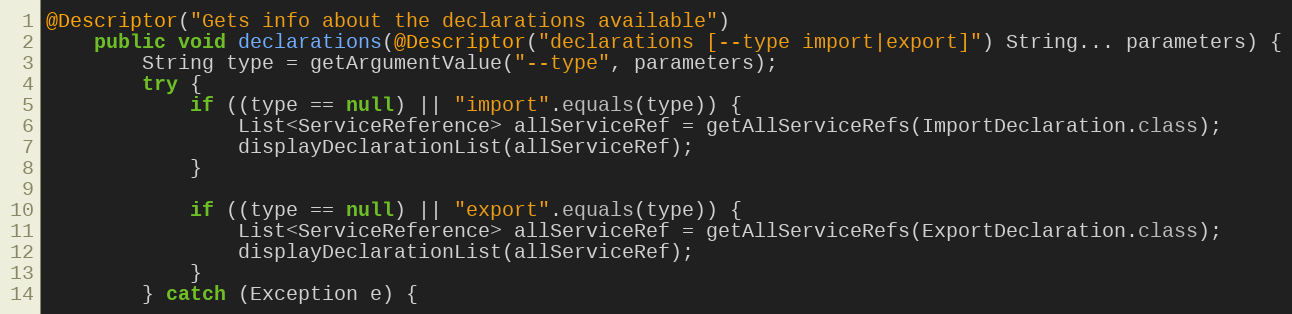
Language: Java
@Descriptor("Gets info about the declarations available")
    public void declarations(@Descriptor("declarations [--type import|export]") String... parameters) {
        String type = getArgumentValue("--type", parameters);
        try {
            if ((type == null) || "import".equals(type)) {
                List<ServiceReference> allServiceRef = getAllServiceRefs(ImportDeclaration.class);
                displayDeclarationList(allServiceRef);
            }

            if ((type == null) || "export".equals(type)) {
                List<ServiceReference> allServiceRef = getAllServiceRefs(ExportDeclaration.class);
                displayDeclarationList(allServiceRef);
            }
        } catch (Exception e) {